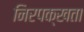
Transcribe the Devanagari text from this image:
निरपक्खता